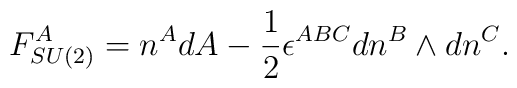
F_{SU(2)}^A=n^AdA-\frac 12\epsilon ^{ABC}dn^B\wedge dn^C.